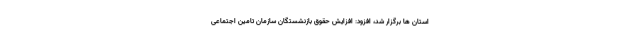
استان ها برگزار شد، افزود: افزایش حقوق بازنشستگان سازمان تامین اجتماعی